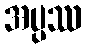
အပ္ပဿ